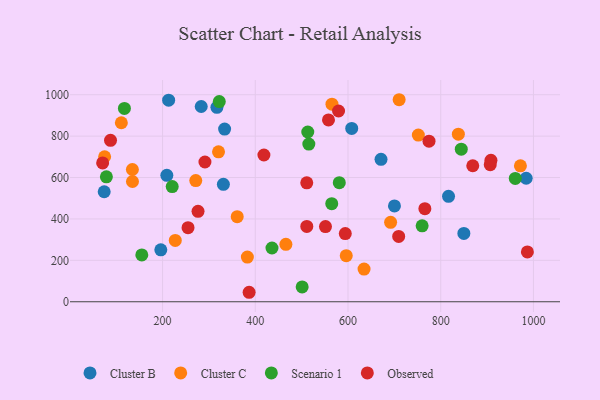
{"axis": {"x": "Price", "y": "Profit"}, "legend": ["Cluster B", "Cluster C", "Observed", "Scenario 1"], "data": [{"x": "700.2", "y": 462.7, "type": "Cluster B"}, {"x": "196.2", "y": 250.6, "type": "Cluster B"}, {"x": "74.1", "y": 531.4, "type": "Cluster B"}, {"x": "209.2", "y": 610.6, "type": "Cluster B"}, {"x": "816.8", "y": 509.1, "type": "Cluster B"}, {"x": "608.0", "y": 837.0, "type": "Cluster B"}, {"x": "331.2", "y": 567.3, "type": "Cluster B"}, {"x": "317.2", "y": 938.9, "type": "Cluster B"}, {"x": "283.4", "y": 943.0, "type": "Cluster B"}, {"x": "984.3", "y": 596.6, "type": "Cluster B"}, {"x": "213.1", "y": 973.8, "type": "Cluster B"}, {"x": "849.9", "y": 330.2, "type": "Cluster B"}, {"x": "333.8", "y": 834.2, "type": "Cluster B"}, {"x": "671.2", "y": 687.7, "type": "Cluster B"}, {"x": "320.7", "y": 724.3, "type": "Cluster C"}, {"x": "971.9", "y": 656.7, "type": "Cluster C"}, {"x": "691.9", "y": 383.6, "type": "Cluster C"}, {"x": "134.9", "y": 638.8, "type": "Cluster C"}, {"x": "382.9", "y": 215.6, "type": "Cluster C"}, {"x": "710.3", "y": 975.8, "type": "Cluster C"}, {"x": "634.6", "y": 157.7, "type": "Cluster C"}, {"x": "361.0", "y": 410.9, "type": "Cluster C"}, {"x": "135.1", "y": 580.9, "type": "Cluster C"}, {"x": "838.0", "y": 809.4, "type": "Cluster C"}, {"x": "466.0", "y": 277.2, "type": "Cluster C"}, {"x": "596.2", "y": 222.7, "type": "Cluster C"}, {"x": "751.7", "y": 805.3, "type": "Cluster C"}, {"x": "271.6", "y": 585.4, "type": "Cluster C"}, {"x": "75.0", "y": 700.4, "type": "Cluster C"}, {"x": "111.1", "y": 864.7, "type": "Cluster C"}, {"x": "565.4", "y": 954.4, "type": "Cluster C"}, {"x": "227.4", "y": 296.4, "type": "Cluster C"}, {"x": "322.3", "y": 967.1, "type": "Scenario 1"}, {"x": "564.9", "y": 473.7, "type": "Scenario 1"}, {"x": "581.2", "y": 575.3, "type": "Scenario 1"}, {"x": "501.1", "y": 71.7, "type": "Scenario 1"}, {"x": "155.2", "y": 226.0, "type": "Scenario 1"}, {"x": "515.5", "y": 761.7, "type": "Scenario 1"}, {"x": "436.0", "y": 259.7, "type": "Scenario 1"}, {"x": "513.2", "y": 820.0, "type": "Scenario 1"}, {"x": "960.8", "y": 595.7, "type": "Scenario 1"}, {"x": "117.7", "y": 934.0, "type": "Scenario 1"}, {"x": "844.3", "y": 737.2, "type": "Scenario 1"}, {"x": "220.8", "y": 556.2, "type": "Scenario 1"}, {"x": "759.9", "y": 366.9, "type": "Scenario 1"}, {"x": "78.8", "y": 603.5, "type": "Scenario 1"}, {"x": "418.6", "y": 708.9, "type": "Observed"}, {"x": "557.9", "y": 878.2, "type": "Observed"}, {"x": "511.0", "y": 574.5, "type": "Observed"}, {"x": "551.4", "y": 363.1, "type": "Observed"}, {"x": "254.9", "y": 357.6, "type": "Observed"}, {"x": "709.3", "y": 315.5, "type": "Observed"}, {"x": "511.1", "y": 363.9, "type": "Observed"}, {"x": "594.1", "y": 329.4, "type": "Observed"}, {"x": "70.7", "y": 670.6, "type": "Observed"}, {"x": "869.1", "y": 656.9, "type": "Observed"}, {"x": "986.9", "y": 240.6, "type": "Observed"}, {"x": "276.5", "y": 437.0, "type": "Observed"}, {"x": "579.6", "y": 921.4, "type": "Observed"}, {"x": "906.8", "y": 661.9, "type": "Observed"}, {"x": "291.4", "y": 675.0, "type": "Observed"}, {"x": "87.7", "y": 779.6, "type": "Observed"}, {"x": "774.7", "y": 775.8, "type": "Observed"}, {"x": "386.7", "y": 45.8, "type": "Observed"}, {"x": "765.8", "y": 449.5, "type": "Observed"}, {"x": "908.3", "y": 683.2, "type": "Observed"}]}